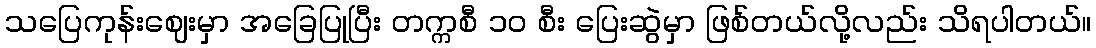
သပြေကုန်းဈေးမှာ အခြေပြုပြီး တက္ကစီ ၁၀ စီး ပြေးဆွဲမှာ ဖြစ်တယ်လို့လည်း သိရပါတယ်။